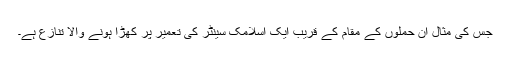
جس کی مثال ان حملوں کے مقام کے قریب ایک اسلامک سینٹر کی تعمیر پر کھڑا ہونے والا تنازع ہے۔